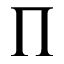
\prod